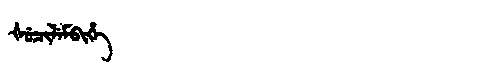
Manchu: ᡧᡠᠴᡳᠯᡝᠮᠪᡳᡥᡝ
Romanization: ŠUCILEMBIHE